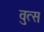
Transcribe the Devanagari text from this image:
वुत्स